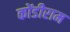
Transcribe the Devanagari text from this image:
कोंडीराम